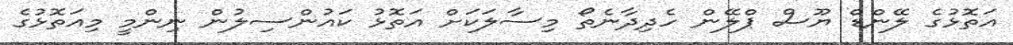
އަތޮޅުގެ ލޭންޑް ޔޫސް ޕްލޭން ހެދިދާނެތޯ މިސާލަކަށް އަތޮޅު ކައުންސިލުން ނިންމީ މިއަތޮޅުގެ